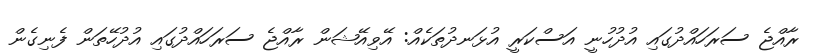
ރާއްޖެ ސަރަހައްދުގައި އުދުހުނީ އަސްކަރީ އުޅަނދުތަކެއް: އޭވިއޭޝަން ރާއްޖެ ސަރަހައްދުގައި އުދުހޭތަން ފެނިގެން